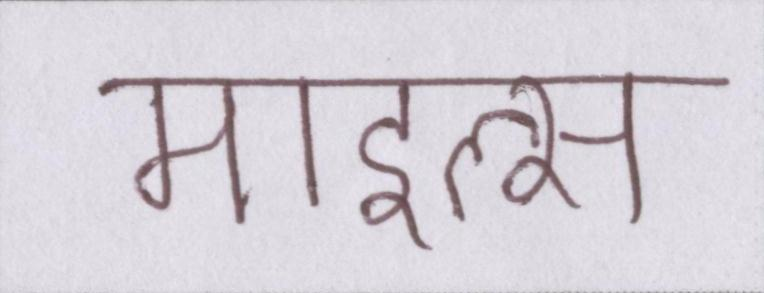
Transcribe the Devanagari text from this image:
माइल्स